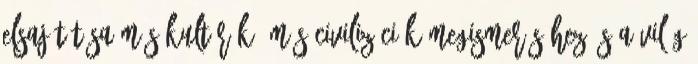
elsajátítása más kultúrák, más civilizációk megismeréséhez és a világ